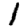
Digit: 1